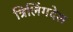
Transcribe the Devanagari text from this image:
त्रिलिंगदेश